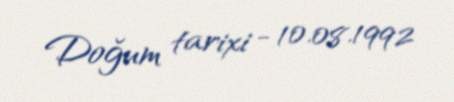
Doğum tarixi - 10.08.1992